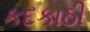
કદકાઠી